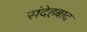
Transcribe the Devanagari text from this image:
संदेहबाद